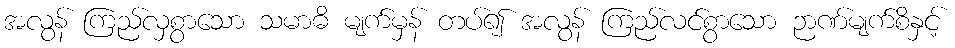
အလွန် ကြည်လှစွာသော သမာဓိ မျက်မှန် တပ်၍ အလွန် ကြည်လင်စွာသော ဉာဏ်မျက်စိနှင့်